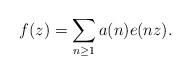
LaTeX: \begin{align*} f(z) = \sum_{n \geq 1} a(n) e(nz).\end{align*}